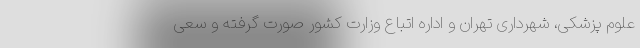
علوم پزشکی، شهرداری تهران و اداره اتباع وزارت کشور صورت گرفته و سعی